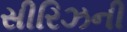
સીરિઝની